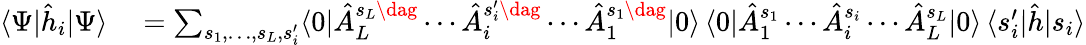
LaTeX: \begin{array}{rl}{\langle\Psi|\hat{h}_{i}|\Psi\rangle}&{{}\stackrel{}{=}\textstyle\sum_{s_{1},\dotsc,s_{L},s_{i}^{\prime}}\langle 0|\hat{A}_{L}^{s_{L}\dag}\dotsb\hat{A}_{i}^{s_{i}^{\prime}\dag}\dotsb\hat{A}_{1}^{s_{1}\dag}|0\rangle\, \langle 0|\hat{A}_{1}^{s_{1}}\dotsb\hat{A}_{i}^{s_{i}}\dotsb\hat{A}_{L}^{s_{L}}|0\rangle\, \langle s_{i}^{\prime}|\hat{h}|s_{i}\rangle}\end{array}